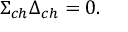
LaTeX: \Sigma _ { c h } \Delta _ { c h } = 0 .